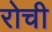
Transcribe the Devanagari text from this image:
रोची